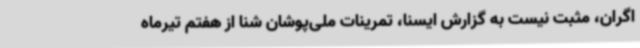
اگران، مثبت نیست به گزارش ایسنا، تمرینات ملی‌پوشان شنا از هفتم تیرماه